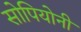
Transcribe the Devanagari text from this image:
सोपियोनी